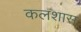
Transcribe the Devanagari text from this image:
कलशास